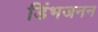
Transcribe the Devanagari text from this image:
डिंभजनन